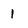
Character: 1